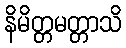
နိမိတ္တမတ္တာသိ